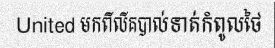
United មកពីលីគបាល់ទាត់កំពូលថៃ